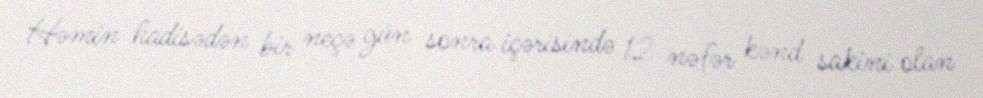
Həmin hadisədən bir neçə gün sonra içərisində 12 nəfər kənd sakini olan